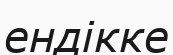
ендікке